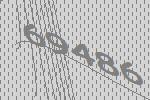
69486